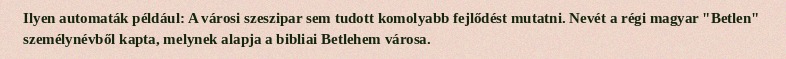
Ilyen automaták például: A városi szeszipar sem tudott komolyabb fejlődést mutatni. Nevét a régi magyar "Betlen" személynévből kapta, melynek alapja a bibliai Betlehem városa.